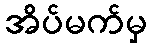
အိပ်မက်မှ